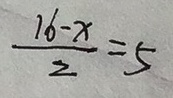
\frac { 1 6 - x } { 2 } = 5